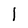
Character: 1